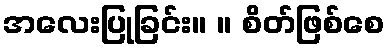
အလေးပြုခြင်း။ ။ စိတ်ဖြစ်စေ